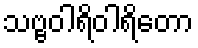
သဗ္ဗဝါရိဝါရိတော